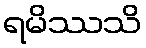
ရမိဿသိ